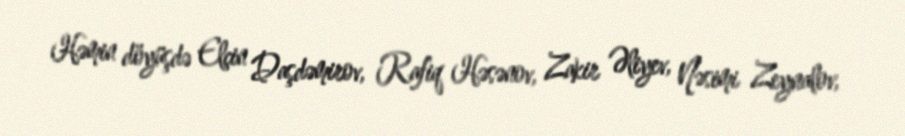
Həmin döyüşdə Elçin Daşdəmirov, Rafiq Həsənov, Zakir Əliyev, Nəsimi Zeynalov,